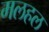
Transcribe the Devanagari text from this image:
मलहल